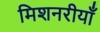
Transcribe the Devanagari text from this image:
मिशनरीयाँ